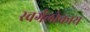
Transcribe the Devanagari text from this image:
स्वर्गलोकाय